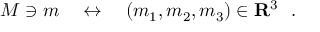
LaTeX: M \ni m \quad \leftrightarrow \quad ( m _ { 1 } , m _ { 2 } , m _ { 3 } ) \in { \bf R } ^ { 3 } \ \ .